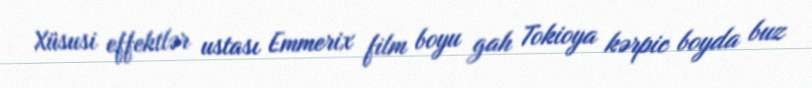
Xüsusi effektlər ustası Emmerix film boyu gah Tokioya kərpic boyda buz